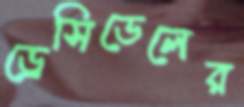
ড্রেসিডেলের